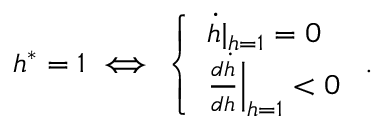
h ^ { \ast } = 1 \iff \left\{ \begin{array} { l l } { \dot { h } | _ { h = 1 } = 0 } \\ { \frac { d \dot { h } } { d h } \Bigr | _ { h = 1 } < 0 } \end{array} \right. .